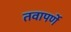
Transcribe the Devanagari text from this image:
तवापर्णे